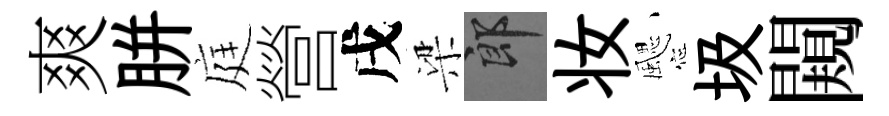
爽胼庭營戌梁郎妆颸圾闚